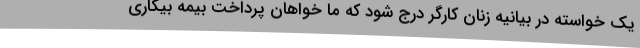
یک خواسته در بیانیه زنان کارگر درج شود که ما خواهان پرداخت بیمه بیکاری